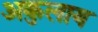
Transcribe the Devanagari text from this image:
अकुलाय